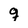
Character: q